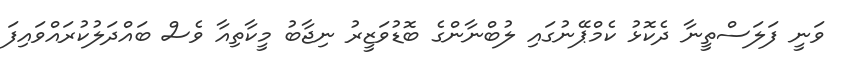
ވަނީ ފަލަސްތީނާ ދެކޮޅު ކެމްޕޭނުގައި ލުބްނާންގެ ބޮޑުވަޒީރު ނިޖާބު މީކާތިއާ ވެސް ބައްދަލުކުރައްވައިފަ